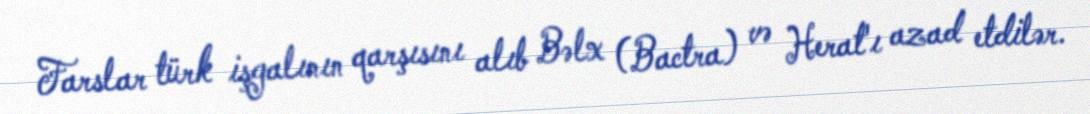
Farslar türk işgalının qarşısını alıb Bəlx (Bactra) və Herat'ı azad etdilər.